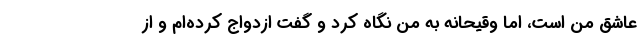
عاشق من است، اما وقیحانه به من نگاه کرد و گفت ازدواج کرده‌ام و از